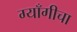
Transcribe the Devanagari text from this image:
ग्याँगीचा